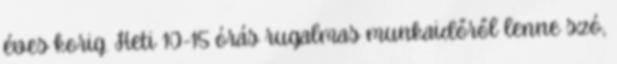
éves korig. Heti 10-15 órás rugalmas munkaidőről lenne szó,